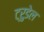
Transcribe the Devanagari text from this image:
ट्रुडेल